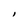
Character: I